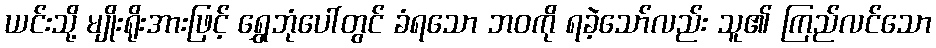
ယင်းသို့ မျိုးရိုးအားဖြင့် ရွှေဘုံပေါ်တွင် ခံရသော ဘဝကို ရခဲ့သော်လည်း သူ၏ ကြည်လင်သော